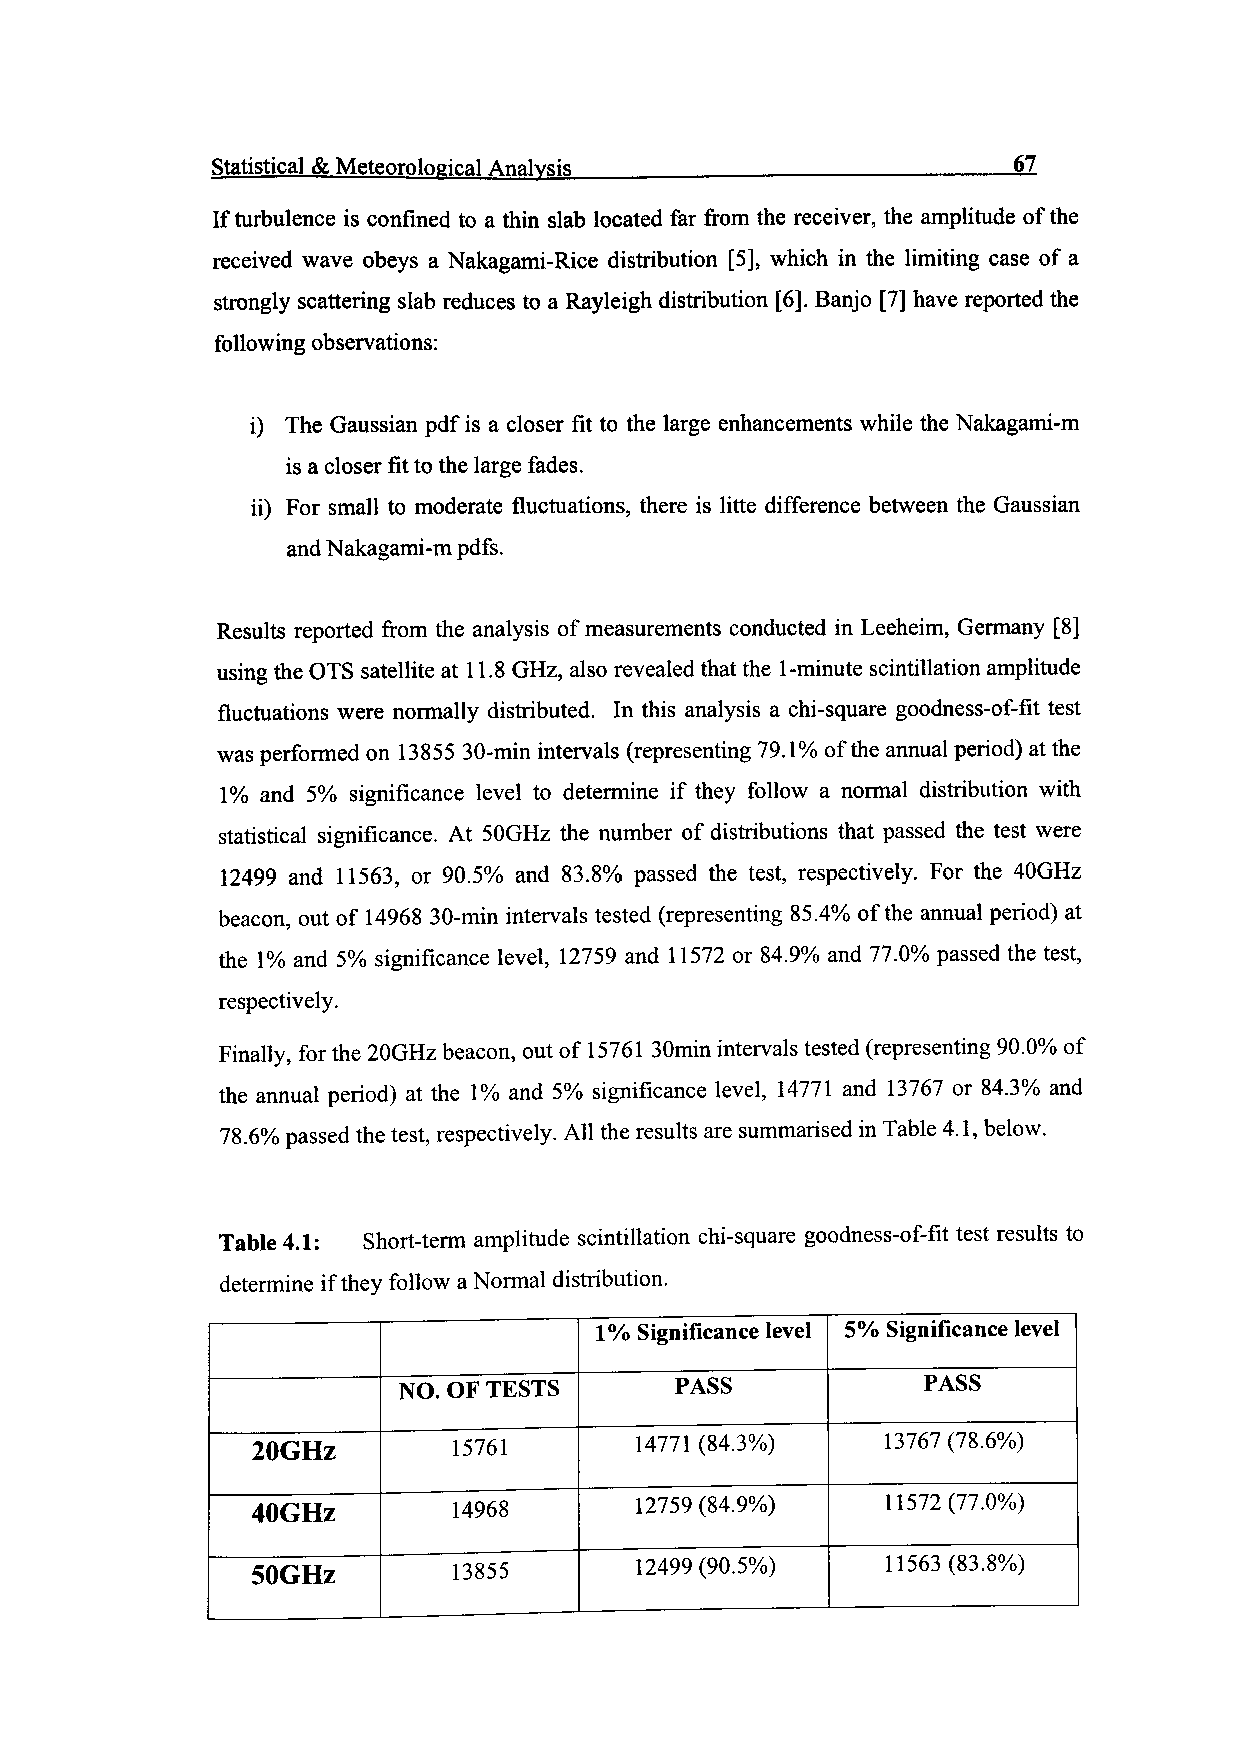
Statistical & Meteorological Analysis                67
 If turbulence is confined to a thin slab located far from the receiver, the amplitude of the
 received wave obeys a Nakagami-Rice distribution [5], which in the limiting case of a
 strongly scattering slab reduces to a Rayleigh distribution [6]. Banjo [7] have reported the
 following observations:
 i) The Gaussian pdf is a closer fit to the large enhancements while the Nakagami-m
 is a closer fit to the large fades,
 ii) For small to moderate fluctuations, there is litte difference between the Gaussian
 and Nakagami-m pdfs.
 Results reported from the analysis of measurements conducted in Leeheim, Germany [8]
 using the OTS satellite at 11.8 GHz, also revealed that the 1-minute scintillation amplitude
 fluctuations were normally distributed. In this analysis a chi-square goodness-of-fit test
 was performed on 13855 30-min intervals (representing 79.1% of the annual period) at the
 1% and 5% significance level to determine if they follow a normal distribution with
 statistical significance. At 50GHz the number of distributions that passed the test were
 12499 and 11563, or 90.5% and 83.8% passed the test, respectively. For the 40GHz
 beacon, out of 14968 30-min intervals tested (representing 85.4% of the annual period) at
 the 1% and 5% significance level, 12759 and 11572 or 84.9% and 77.0% passed the test,
 respectively.
 Finally, for the 20GHz beacon, out of 15761 30min intervals tested (representing 90.0% of
 the annual period) at the 1% and 5% significance level, 14771 and 13767 or 84.3% and
 78.6% passed the test, respectively. All the results are summarised in Table 4.1, below.
 Table 4.1: Short-term amplitude scintillation chi-square goodness-of-fit test results to
 determine if they follow a Normal distribution.
 1% Significance level 5% Significance level
 NO. OF TESTS       PASS            PASS
 20GHz        15761       14771 (84.3%)    13767 (78.6%)
 40GHz        14968       12759 (84.9%)    11572(77.0%)
 SOGHz        13855       12499 (90.5%)    11563(83.8%)